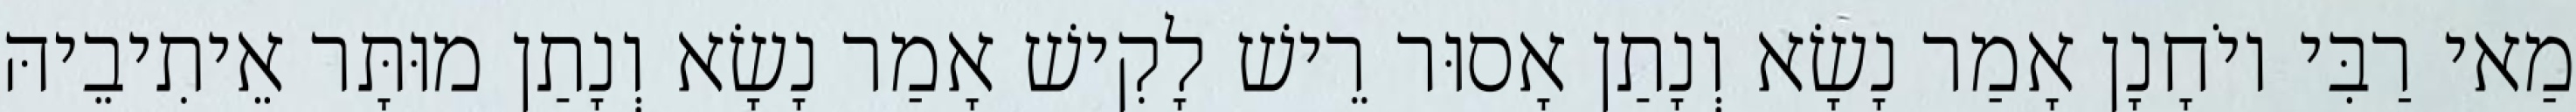
מַאי רַבִּי יוֹחָנָן אָמַר נָשָׂא וְנָתַן אָסוּר רֵישׁ לָקִישׁ אָמַר נָשָׂא וְנָתַן מוּתָּר אֵיתִיבֵיהּ